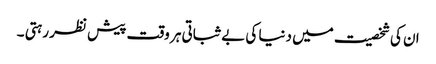
ان کی شخصیت میں دنیا کی بے ثباتی ہر وقت پیش نظر رہتی ۔